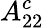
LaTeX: A_{22}^{c}